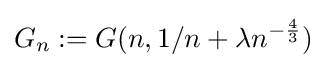
G_{n}:=G(n,1/n+\lambda n^{-{\frac {4}{3}}})